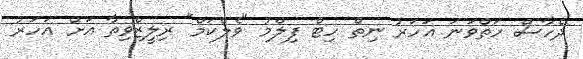
ދެހާސް ހަތްވަނަ އަހަރު ނިތް ހިޓް ފިލްމު "ވެލްކަމް" ރިލީޒްވިތާ އަށް އަހަރު